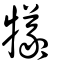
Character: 犧